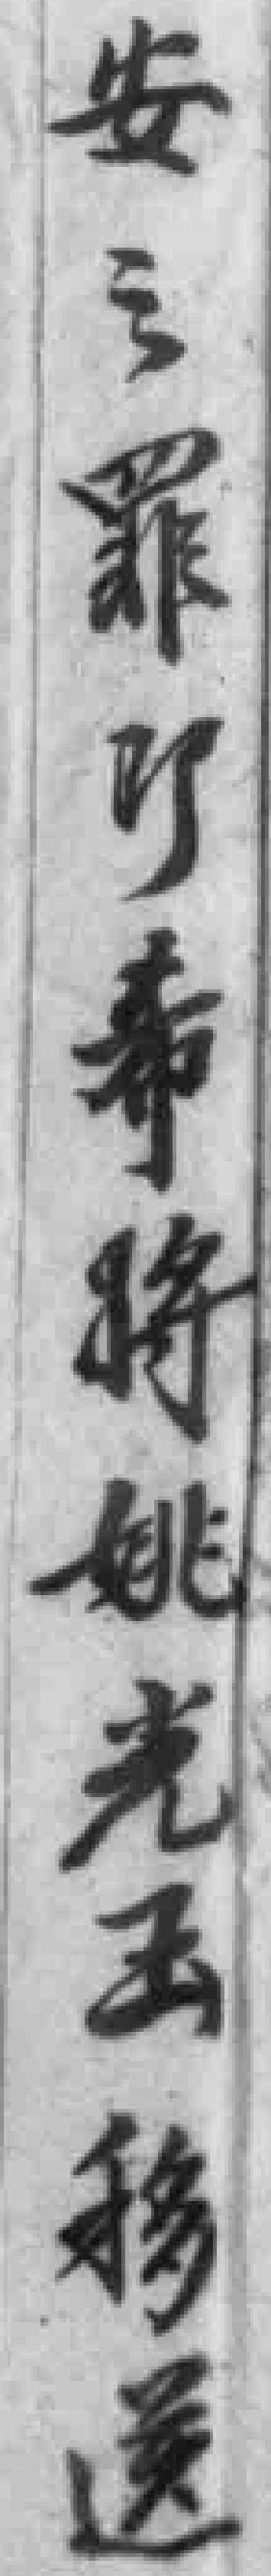
安之罪即希将姚光玉移送